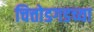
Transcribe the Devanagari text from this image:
चित्तोडगडच्या